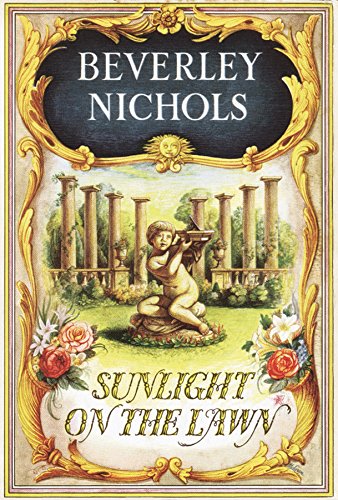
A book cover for Sunlight On The Lawn (Beverley Nichols Trilogy Book 3); Beverley Nichols; Crafts, Hobbies & Home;